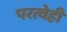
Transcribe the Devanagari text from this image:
परत्वेही